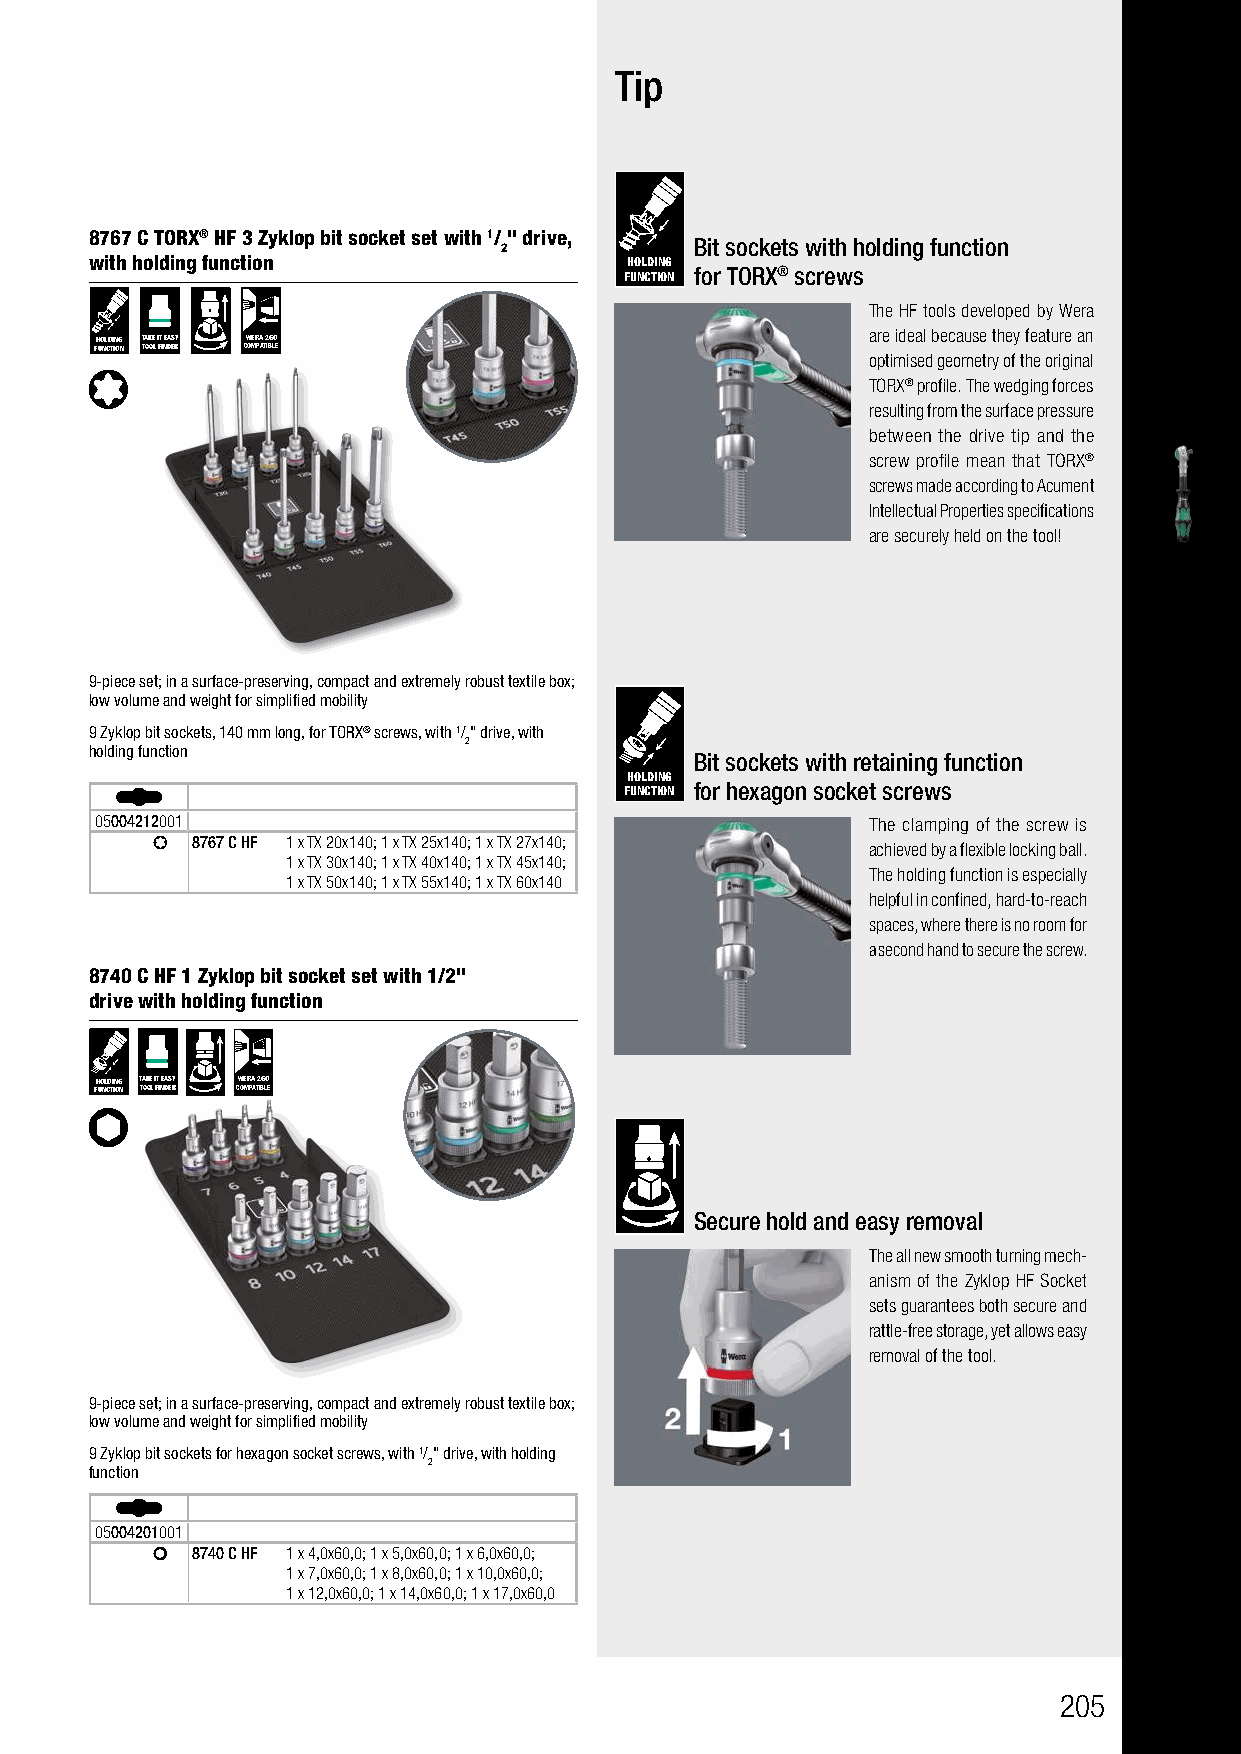
Tip
 8767 C TORX® HF 3 Zyklop bit socket set with 1/ " drive,
 2            Bit sockets with holding function
 with holding function               HOLDING
 FUNCTION for TORX® screws
 The HF tools developed by Wera
 FH UO NL CD TI IN OG N T TA OK OE L I FT I NE DA ES RY CW OE MR PA A T2 IBG LO E are ideal because they feature an
 optimised geometry of the original
 TORX® profile. The wedging forces
 resulting from the surface pressure
 between the drive tip and the
 screw profile mean that TORX®
 screws made according to Acument
 Intellectual Properties specifications
 are securely held on the tool!
 9-piece set; in a surface-preserving, compact and extremely robust textile box;
 low volume and weight for simplified mobility
 9 Zyklop bit sockets, 140 mm long, for TORX® screws, with 1/" drive, with
 2
 holding function
 Bit sockets with retaining function
 HOLDING
 FUNCTION for hexagon socket screws
 05004212001                                        The clamping of the screw is
 8767 C HF 1 x TX 20x140; 1 x TX 25x140; 1 x TX 27x140;
 achieved by a flexible locking ball.
 1 x TX 30x140; 1 x TX 40x140; 1 x TX 45x140;
 The holding function is especially
 1 x TX 50x140; 1 x TX 55x140; 1 x TX 60x140
 helpful in confined, hard-to-reach
 spaces, where there is no room for
 a second hand to secure the screw.
 8740 C HF 1 Zyklop bit socket set with 1/2"
 drive with holding function
 FH UO NL CD TI IN OG N T TA OK OE L I FT I NE DA ES RY CW OE MR PA A T2 IBG LO E
 Secure hold and easy removal
 The all new smooth turning mech-
 anism of the Zyklop HF Socket
 sets guarantees both secure and
 rattle-free storage, yet allows easy
 removal of the tool.
 9-piece set; in a surface-preserving, compact and extremely robust textile box;
 low volume and weight for simplified mobility
 9 Zyklop bit sockets for hexagon socket screws, with 1/" drive, with holding
 2
 function
 05004201001
 8740 C HF 1 x 4,0x60,0; 1 x 5,0x60,0; 1 x 6,0x60,0;
 1 x 7,0x60,0; 1 x 8,0x60,0; 1 x 10,0x60,0;
 1 x 12,0x60,0; 1 x 14,0x60,0; 1 x 17,0x60,0
 205